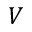
V